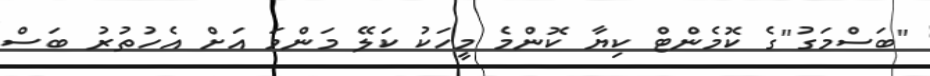
"ބަސްމަގު"ގެ ކޮމެންޓް ކިޔާ ކޮންމެ މީހަކު ކަލޭ މަންމަ އަށް އެހުތުރު ބަސް